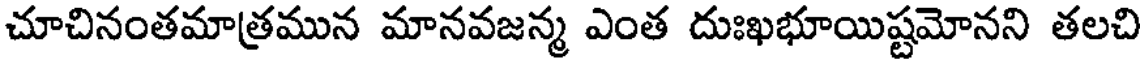
చూచినంతమాత్రమున మానవజన్మ ఎంత దుఃఖభూయిష్టమోనని తలచి